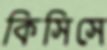
কিসিসে